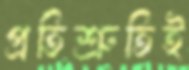
প্রতিশ্রুতিই